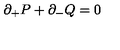
\partial _ { + } P + \partial _ { - } Q = 0